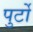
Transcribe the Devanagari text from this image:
पुर्टो